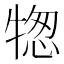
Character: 㹅